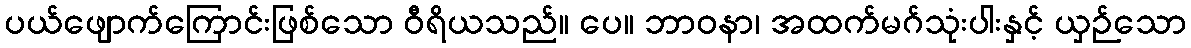
ပယ်ဖျောက်ကြောင်းဖြစ်သော ဝီရိယသည်။ ပေ။ ဘာဝနာ၊ အထက်မဂ်သုံးပါးနှင့် ယှဉ်သော